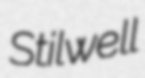
Stilwell